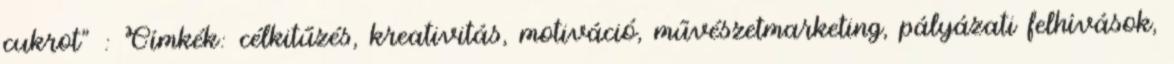
cukrot" : Címkék: célkitűzés, kreativitás, motiváció, művészetmarketing, pályázati felhívások,